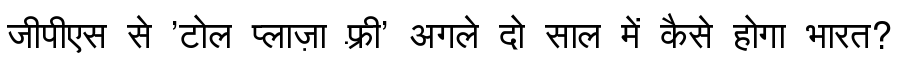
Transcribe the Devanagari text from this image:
जीपीएस से 'टोल प्लाज़ा फ़्री' अगले दो साल में कैसे होगा भारत?